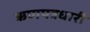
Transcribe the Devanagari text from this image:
ऋणपत्रधारी